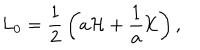
LaTeX: L _ { 0 } = { \frac { 1 } { 2 } } \left( a { \cal H } + { \frac { 1 } { a } } { \cal K } \right) ,